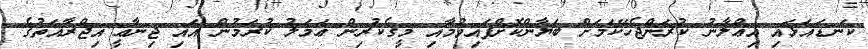
ކަނޑައަޅައި އިޢްލާނު ކުރަންޖެހޭކަމަށް ބަޔާންކޮށްފައިވުމާއި މީގެކުރިން ޢަމަލު ކުރަމުން އައި ޖިނާޢީ އިޖްރާއަތުގެ